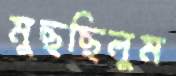
মুছছিলুম